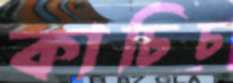
কাচিচ